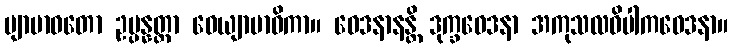
ဗျာဗာဓတော ဥပ္ပန္နတ္တာ ဝေယျာဗာဓိကာ။ ဝေဒနာနန္တိ ဒုက္ခဝေဒနာ အကုသလဝိပါကဝေဒနာ။